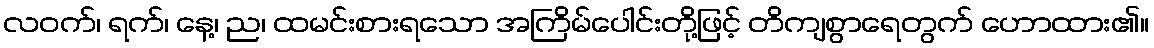
လဝက်၊ ရက်၊ နေ့၊ ည၊ ထမင်းစားရသော အကြိမ်ပေါင်းတို့ဖြင့် တိကျစွာရေတွက် ဟောထား၏။